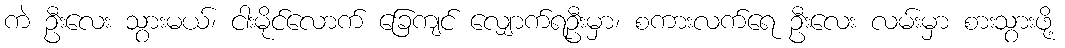
ကဲ ဦးလေး သွားမယ်၊ ငါးမိုင်လောက် ခြေကျင် လျှောက်ရဦးမှာ၊ စကားလက်ရေ ဦးလေး လမ်းမှာ စားသွားဖို့